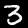
Digit: 3